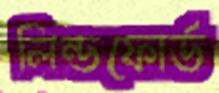
লিন্ডফোর্ড